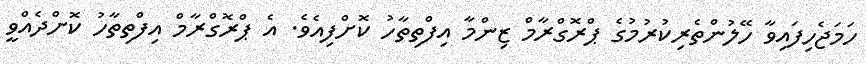
ހަމަޖެހިފައިވާ ހޭލުންތެރިކުރުމުގެ ޕްރޮގްރާމް ޒިންމާ އިފްތިތާހު ކޮށްފިއެވެ. އެ ޕްރޮގްރާމް އިފްތިތާހު ކޮށްދެއްވީ